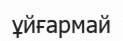
ұйғармай